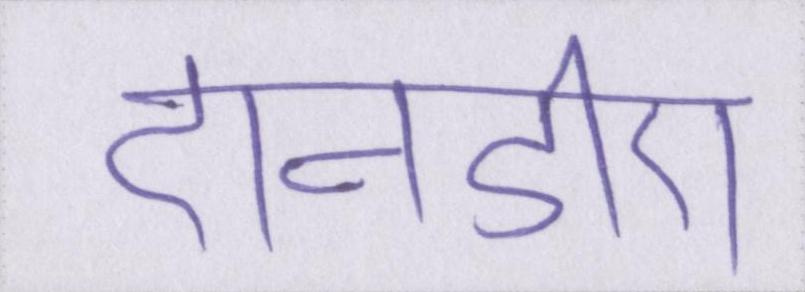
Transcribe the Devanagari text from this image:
एनडीए